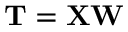
\mathbf { T } = \mathbf { X } \mathbf { W }